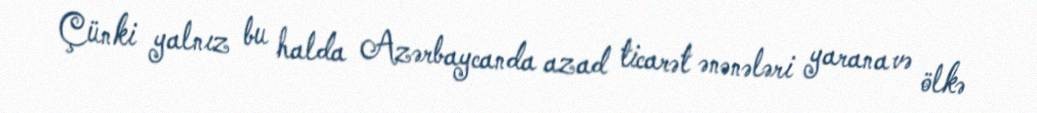
Çünki yalnız bu halda Azərbaycanda azad ticarət ənənələri yarana və ölkə